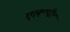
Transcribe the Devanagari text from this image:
एल॰पी॰